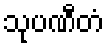
သုပဏီတံ